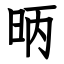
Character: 昞